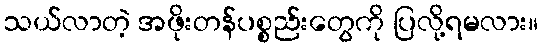
သယ်လာတဲ့ အဖိုးတန်ပစ္စည်းတွေကို ပြလို့ရမလား။